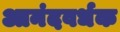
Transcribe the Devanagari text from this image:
आनंदवर्धक